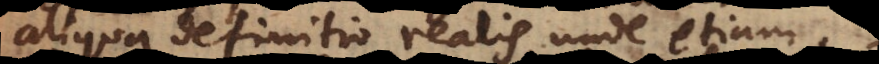
aliqua definitio realis, unde etiam